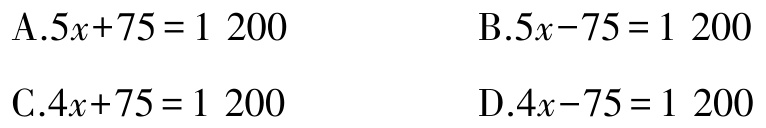
A.$5x + 75 = 1\ 200$

B.$5x - 75 = 1\ 200$

C.$4x + 75 = 1\ 200$

D.$4x - 75 = 1\ 200$